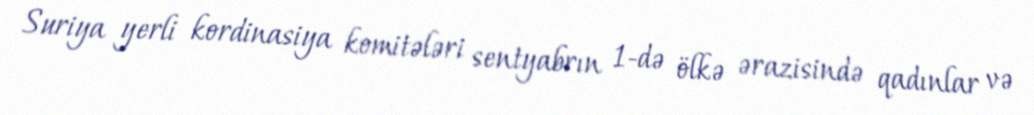
Suriya yerli kordinasiya komitələri sentyabrın 1-də ölkə ərazisində qadınlar və